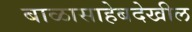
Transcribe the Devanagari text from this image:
बाळासाहेबदेखील